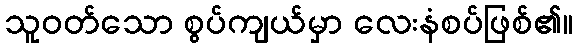
သူဝတ်သော စွပ်ကျယ်မှာ လေးနံစပ်ဖြစ်၏။